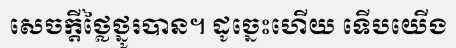
សេចក្តីថ្លៃថ្នូរបាន។ ដូច្នេះហើយ ទើបយើង